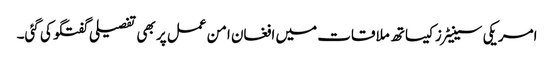
امریکی سینیٹرز کیساتھ ملاقات میں افغان امن عمل پر بھی تفصیلی گفتگو کی گئی۔